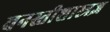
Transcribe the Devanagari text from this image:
वनस्तीशास्त्रज्ञ